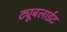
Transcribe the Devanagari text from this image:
ट्यूबलाईट